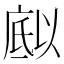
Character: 𭙪